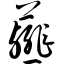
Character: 薤